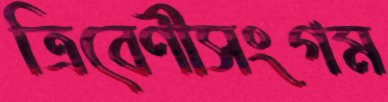
ত্রিবেণীসংগম